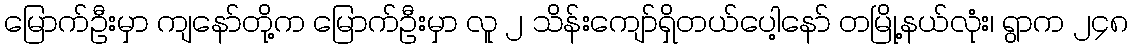
မြောက်ဦးမှာ ကျနော်တို့က မြောက်ဦးမှာ လူ ၂ သိန်းကျော်ရှိတယ်ပေါ့နော် တမြို့နယ်လုံး၊ ရွာက ၂၄၈